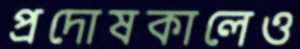
প্রদোষকালেও